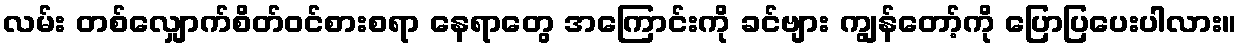
လမ်း တစ်လျှောက်စိတ်ဝင်စားစရာ နေရာတွေ အကြောင်းကို ခင်ဗျား ကျွန်တော့်ကို ပြောပြပေးပါလား။